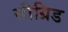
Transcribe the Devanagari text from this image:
सीग्रिड